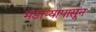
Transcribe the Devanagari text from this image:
भंडाऱ्यापासून